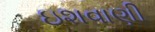
ઇશવાણી